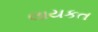
લાયકત